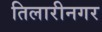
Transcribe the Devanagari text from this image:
तिलारीनगर